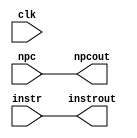
`timescale 1ns / 1ps
//////////////////////////////////////////////////////////////////////////////////
// Company: 
// Engineer: 
// 
// Design Name: 
// Module Name:    if_id 
// Project Name: 
// Target Devices: 
// Tool versions: 
// Description: 
//
	// Dependencies: 
//
// Revision: 
// Revision 0.01 - File Created
// Additional Comments: 
//
//////////////////////////////////////////////////////////////////////////////////
module if_id(
		input clk,
	output reg [31:0] instrout,npcout,
   input wire [31:0] instr, npc       
				);
   initial begin
      instrout <= 0;
      npcout   <= 0;
   end
   always @* //(posedge clk)
 	begin
      #1 instrout <= instr;
      npcout <= npc;
   end
endmodule